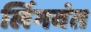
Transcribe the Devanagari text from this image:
लिंगवंत